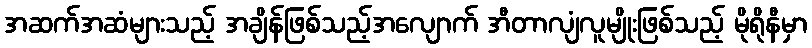
အဆက်အဆံများသည့် အချိန်ဖြစ်သည့်အလျောက် အီတာလျံလူမျိုးဖြစ်သည့် မိုရိုနီမှာ